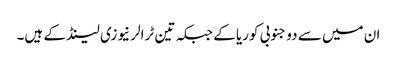
ان میں سے دو جنوبی کوریا کے جبکہ تین ٹرالر نیوزی لینڈ کے ہیں۔